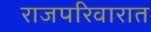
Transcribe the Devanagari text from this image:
राजपरिवारात